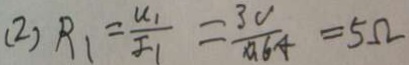
( 2 ) R _ { 1 } = \frac { u _ { 1 } } { I _ { 1 } } = \frac { 3 v } { 0 . 6 A } = 5 \Omega